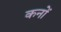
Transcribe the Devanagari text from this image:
कनों